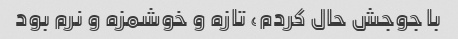
با جوجش حال کردم، تازه و خوشمزه و نرم بود